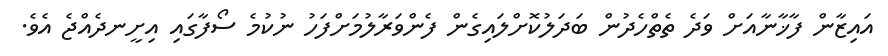
އައިޒާން ފާޚާނާއަށް ވަދެ ތެތްހެދުން ބަދަލުކޮށްލައިގެން ފެންވަރާލުމަށްފަހު ނުކުމެ ސޯފާގައި އިށީނދެއްޖެ އެވެ.